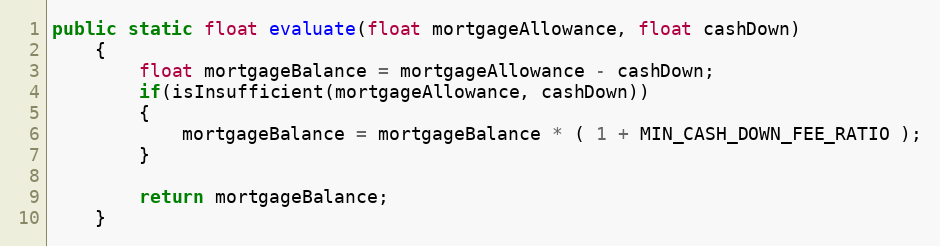
Language: Java
public static float evaluate(float mortgageAllowance, float cashDown)
    {
        float mortgageBalance = mortgageAllowance - cashDown;
        if(isInsufficient(mortgageAllowance, cashDown))
        {
            mortgageBalance = mortgageBalance * ( 1 + MIN_CASH_DOWN_FEE_RATIO );
        }

        return mortgageBalance;
    }